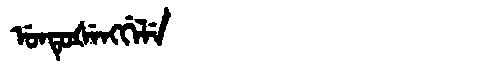
Manchu: ᡠᠨᡨᡠᡧᡝᠩᡤᡝᠯᡝ
Romanization: UNTUŠENGGELE